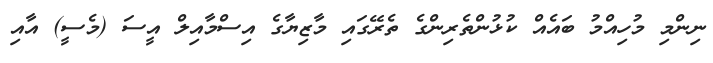
ނިންމި މުހިއްމު ބައެއް ކުޅުންތެރިންގެ ތެރޭގައި މާޒިޔާގެ އިސްމާއިލް އީސަ (މެސީ) އާއި